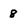
Character: 8